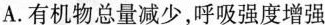
A.有机物总量减少，呼吸强度增强